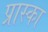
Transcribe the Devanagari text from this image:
प्रास्का